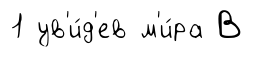
1 ув'и́д'ев м'и́ра В